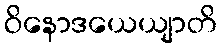
ဝိနောဒယေယျာတိ